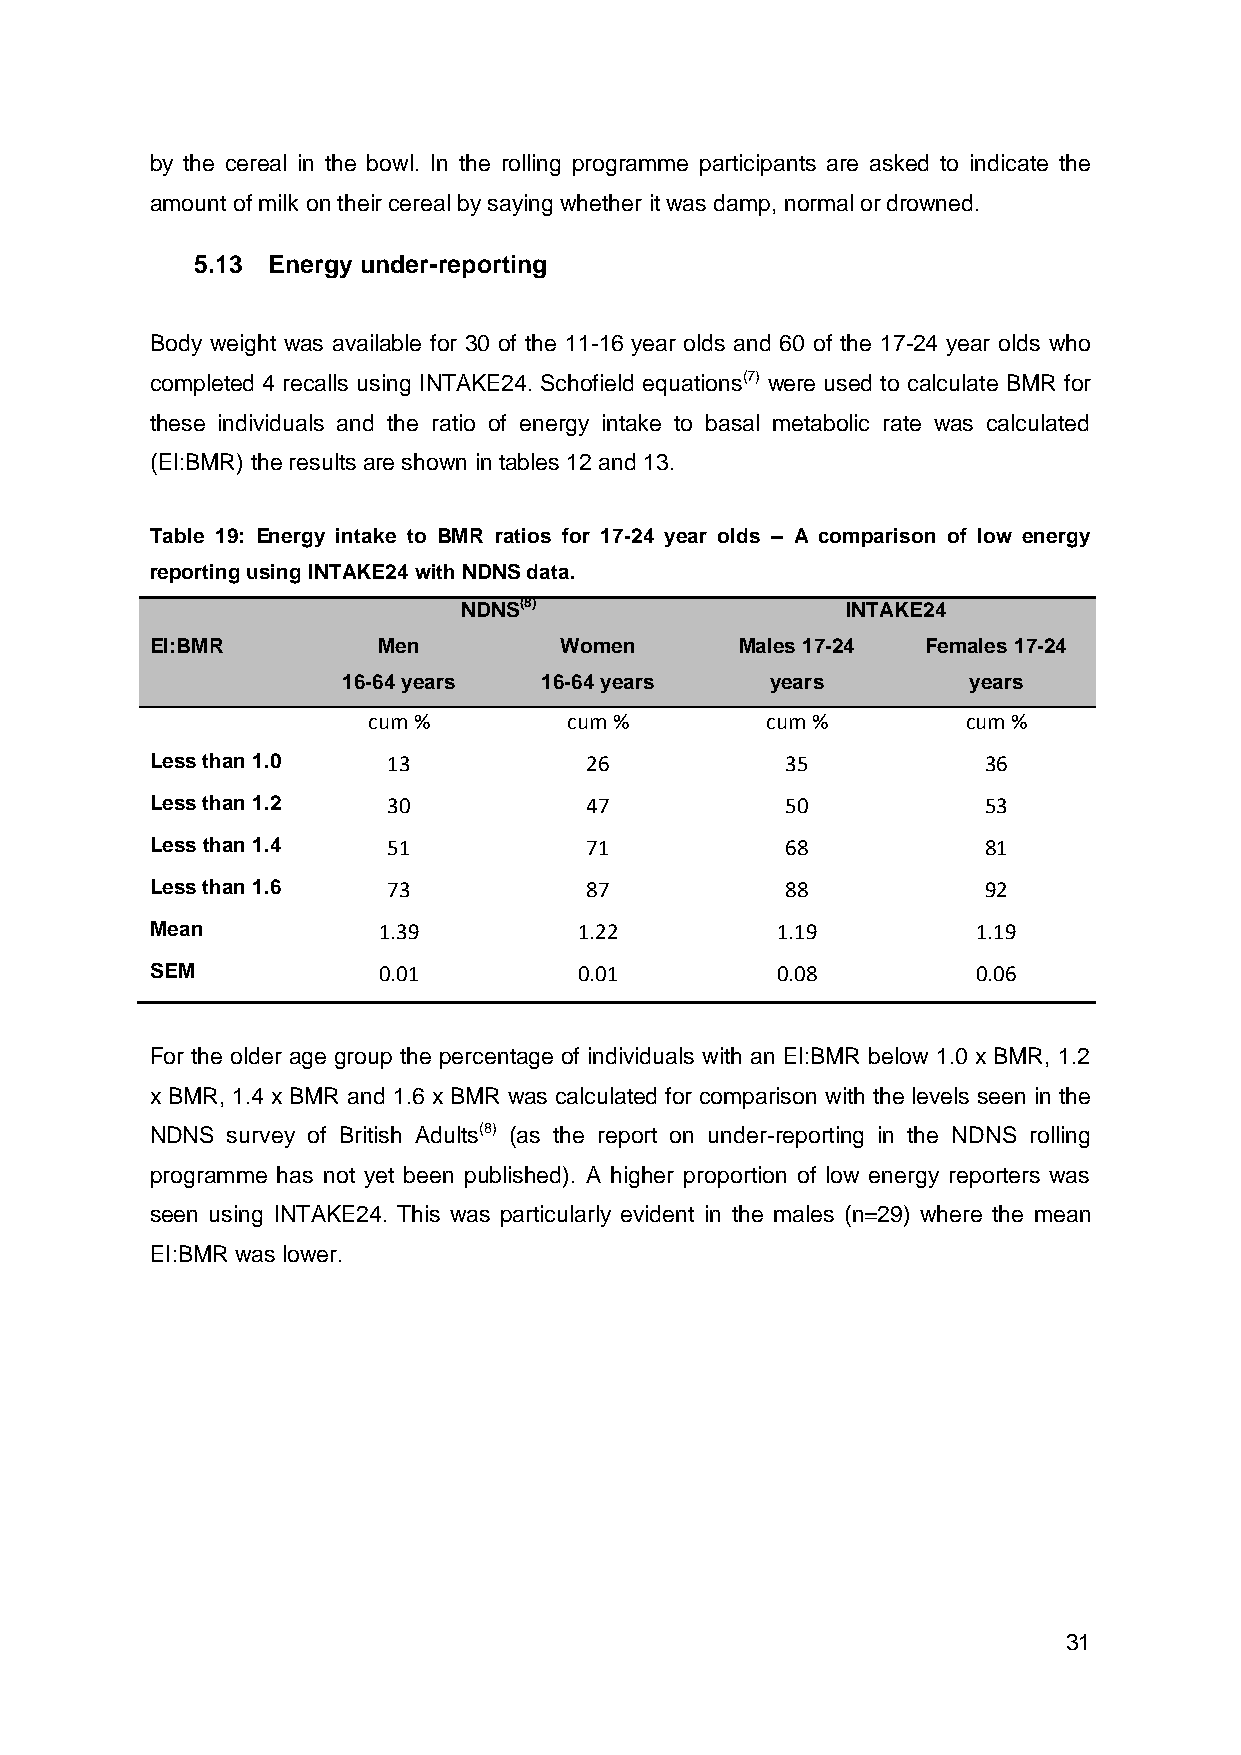
by the cereal in the bowl. In the rolling programme participants are asked to indicate the
 amount of milk on their cereal by saying whether it was damp, normal or drowned.
 5.13 Energy under-reporting
 Body weight was available for 30 of the 11-16 year olds and 60 of the 17-24 year olds who
 completed 4 recalls using INTAKE24. Schofield equations(7) were used to calculate BMR for
 these individuals and the ratio of energy intake to basal metabolic rate was calculated
 (EI:BMR) the results are shown in tables 12 and 13.
 Table 19: Energy intake to BMR ratios for 17-24 year olds – A comparison of low energy
 reporting using INTAKE24 with NDNS data.
 NDNS(8)                   INTAKE24
 EI:BMR         Men         Women       Males 17-24 Females 17-24
 16-64 years  16-64 years    years        years
 cum %         cum %        cum %        cum %
 Less than 1.0   13           26           35           36
 Less than 1.2   30           47           50           53
 Less than 1.4   51           71           68           81
 Less than 1.6   73           87           88           92
 Mean           1.39         1.22         1.19          1.19
 SEM            0.01         0.01         0.08          0.06
 For the older age group the percentage of individuals with an EI:BMR below 1.0 x BMR, 1.2
 x BMR, 1.4 x BMR and 1.6 x BMR was calculated for comparison with the levels seen in the
 NDNS survey of British Adults(8) (as the report on under-reporting in the NDNS rolling
 programme has not yet been published). A higher proportion of low energy reporters was
 seen using INTAKE24. This was particularly evident in the males (n=29) where the mean
 EI:BMR was lower.
 31